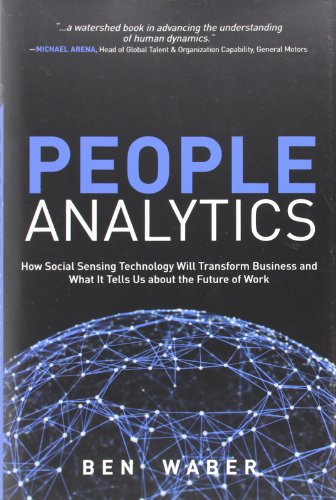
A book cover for People Analytics: How Social Sensing Technology Will Transform Business and What It Tells Us about the Future of Work (FT Press Analytics); Ben Waber; Computers & Technology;